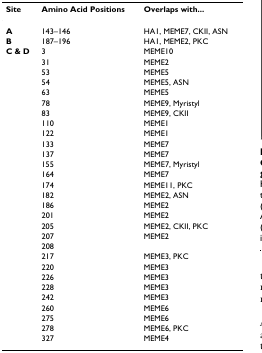
<table><thead><tr><td><b>Site</b></td><td><b>Amino Acid Positions</b></td><td><b>Overlaps with...</b></td></tr></thead><tbody><tr><td><b>A</b></td><td>143–146</td><td>HA1, MEME7, CKII, ASN</td></tr><tr><td><b>B</b></td><td>187–196</td><td>HA1, MEME2, PKC</td></tr><tr><td><b>C &amp; D</b></td><td>3</td><td>MEME10</td></tr><tr><td></td><td>31</td><td>MEME2</td></tr><tr><td></td><td>53</td><td>MEME5</td></tr><tr><td></td><td>54</td><td>MEME5, ASN</td></tr><tr><td></td><td>63</td><td>MEME5</td></tr><tr><td></td><td>78</td><td>MEME9, Myristyl</td></tr><tr><td></td><td>83</td><td>MEME9, CKII</td></tr><tr><td></td><td>110</td><td>MEME1</td></tr><tr><td></td><td>122</td><td>MEME1</td></tr><tr><td></td><td>133</td><td>MEME7</td></tr><tr><td></td><td>137</td><td>MEME7</td></tr><tr><td></td><td>155</td><td>MEME7, Myristyl</td></tr><tr><td></td><td>164</td><td>MEME7</td></tr><tr><td></td><td>174</td><td>MEME11, PKC</td></tr><tr><td></td><td>182</td><td>MEME2, ASN</td></tr><tr><td></td><td>186</td><td>MEME2</td></tr><tr><td></td><td>201</td><td>MEME2</td></tr><tr><td></td><td>205</td><td>MEME2, CKII, PKC</td></tr><tr><td></td><td>207</td><td>MEME2</td></tr><tr><td></td><td>208</td><td></td></tr><tr><td></td><td>217</td><td>MEME3, PKC</td></tr><tr><td></td><td>220</td><td>MEME3</td></tr><tr><td></td><td>226</td><td>MEME3</td></tr><tr><td></td><td>228</td><td>MEME3</td></tr><tr><td></td><td>242</td><td>MEME3</td></tr><tr><td></td><td>260</td><td>MEME6</td></tr><tr><td></td><td>275</td><td>MEME6</td></tr><tr><td></td><td>278</td><td>MEME6, PKC</td></tr><tr><td></td><td>327</td><td>MEME4</td></tr></tbody></table>